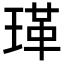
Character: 𭹤